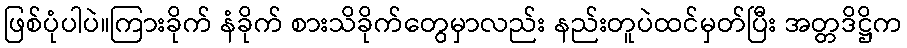
ဖြစ်ပုံပါပဲ။ကြားခိုက် နံခိုက် စားသိခိုက်တွေမှာလည်း နည်းတူပဲထင်မှတ်ပြီး အတ္တဒိဋ္ဌိက